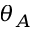
\theta _ { A }